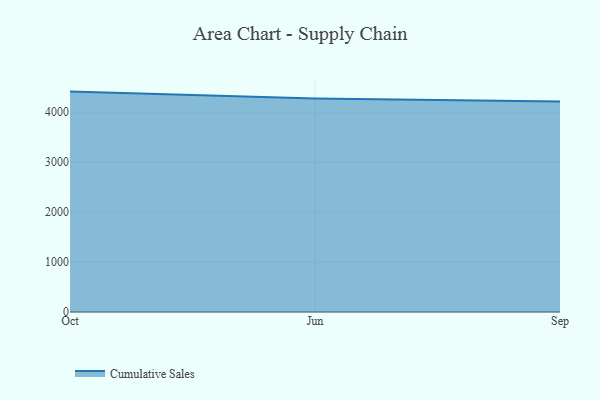
{"axis": {"x": "Month", "y": "Production Output"}, "legend": ["Cumulative Sales"], "data": [{"x": "Oct", "y": 4411.1, "type": "Cumulative Sales"}, {"x": "Jun", "y": 4273.1, "type": "Cumulative Sales"}, {"x": "Sep", "y": 4214.8, "type": "Cumulative Sales"}]}